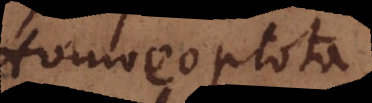
Homoeoptota